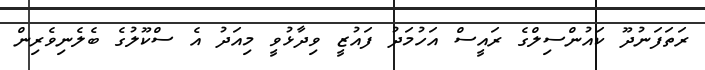
ރަތަފަނުދޫ ކައުންސިލްގެ ރައީސް އަހުމަދު ފައުޒީ ވިދާޅުވީ މިއަދު އެ ސްކޫލުގެ ބެލެނިވެރިން